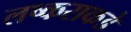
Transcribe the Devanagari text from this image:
लष्कराकडे